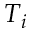
T _ { i }